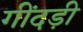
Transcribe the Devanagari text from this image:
गींदड़ी